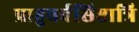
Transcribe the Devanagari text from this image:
प्राहुवर्वसिष्ठात्रि